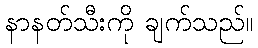
နာနတ်သီးကို ချက်သည်။